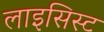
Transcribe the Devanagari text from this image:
लाइसिस्ट